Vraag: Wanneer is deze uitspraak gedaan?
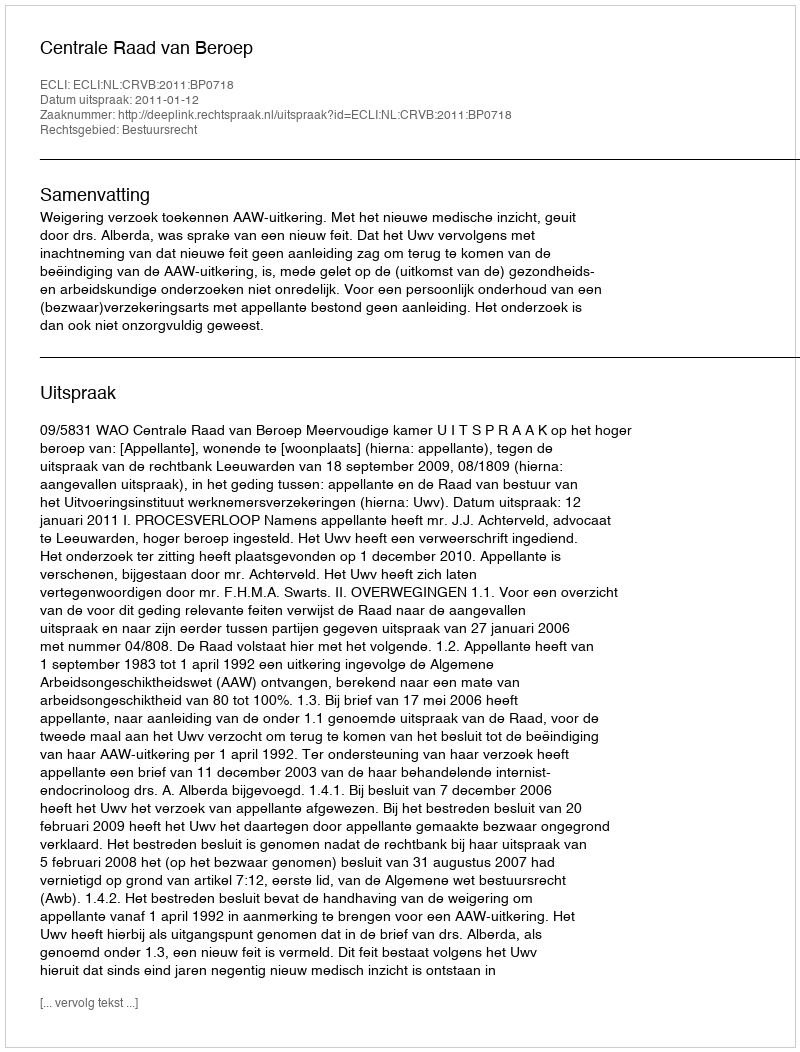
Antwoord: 2011-01-12